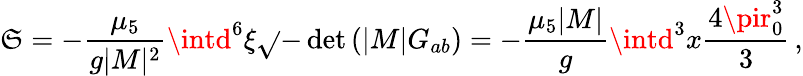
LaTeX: \mathfrak{S}=-\frac{{\mu_{5}}}{{g|M|^{2}}}\intd^{6}\xi\sqrt{}{{-\operatorname*{det}\left(|M|G_{ab}\right)}}=-\frac{{\mu_{5}|M|}}{{g}}\intd^{3}x\frac{{4\pir_{0}^{3}}}{{3}}\, ,